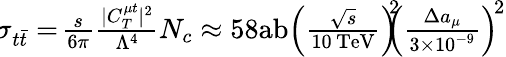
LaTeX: \begin{array}{r}{\! \sigma_{t\bar{t}}=\! \frac{s}{6\pi}\frac{|C_{T}^{\mu t}|^{2}}{\Lambda^{4}}N_{c}\approx 58\mathrm{ab}\left(\frac{\sqrt{s}}{10\, \mathrm{TeV}}\right)^{\! \! 2}\! \! \! \left(\frac{\Delta a_{\mu}}{3\times 10^{-9}}\right)^{\! 2}}\end{array}